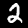
Digit: 2